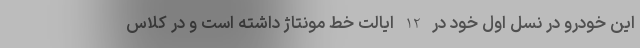
این خودرو در نسل اول خود در 12 ایالت خط مونتاژ داشته است و در کلاس